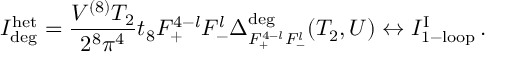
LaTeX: { \cal I } _ { \mathrm { d e g } } ^ { \mathrm { h e t } } = \frac { V ^ { ( 8 ) } T _ { 2 } } { 2 ^ { 8 } \pi ^ { 4 } } t _ { 8 } F _ { + } ^ { 4 - l } F _ { - } ^ { l } \Delta _ { F _ { + } ^ { 4 - l } F _ { - } ^ { l } } ^ { \mathrm { d e g } } ( T _ { 2 } , U ) \leftrightarrow { \cal I } _ { \mathrm { 1 - l o o p } } ^ { \mathrm { I } } \, .